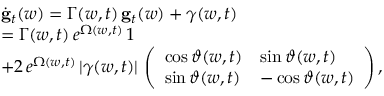
\begin{array} { r l } & { \dot { \bf g } _ { t } ( w ) = \Gamma ( w , t ) \, { \bf g } _ { t } ( w ) + \boldsymbol { \gamma } ( w , t ) } \\ & { = \Gamma ( w , t ) \, e ^ { \Omega ( w , t ) } \, \boldsymbol { 1 } } \\ & { + 2 \, e ^ { \Omega ( w , t ) } \, | \gamma ( w , t ) | \, \left( \begin{array} { l l } { \cos { \vartheta ( w , t ) } } & { \sin { \vartheta ( w , t ) } } \\ { \sin { \vartheta ( w , t ) } } & { - \cos { \vartheta ( w , t ) } } \end{array} \right) , } \end{array}